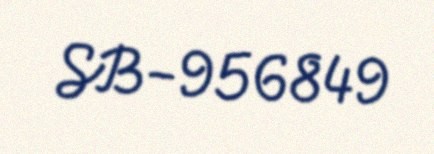
SB-956849